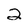
Character: 2